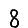
Digit: 8